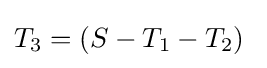
T_{3}=(S-T_{1}-T_{2})\